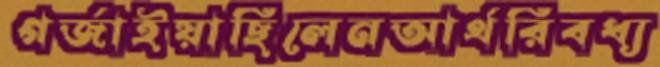
গর্জাইয়াছিলেনআর্থরিবধ্য